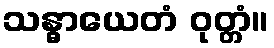
သန္ဓာယေတံ ဝုတ္တံ။